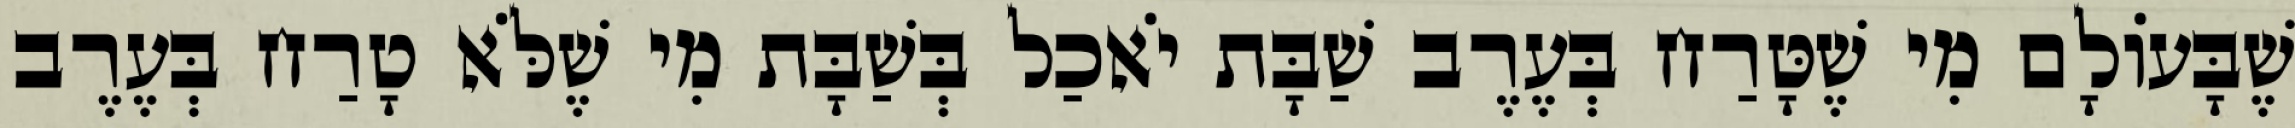
שֶׁבָּעוֹלָם מִי שֶׁטָּרַח בְּעֶרֶב שַׁבָּת יֹאכַל בְּשַׁבָּת מִי שֶׁלֹּא טָרַח בְּעֶרֶב